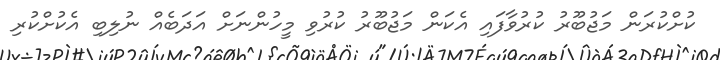
ކުށްކުރަން މަޖުބޫރު ކުރުވާފައި އެކަން މަޖުބޫރު ކުރުވި މީހުންނަށް އަދަބެއް ނުލިބި އެކުށްކުރި